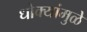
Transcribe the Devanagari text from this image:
धोक्यांमुळे